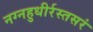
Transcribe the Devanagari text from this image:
नग्नहुधीर्रस्तसरं